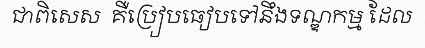
ជាពិសេស  គឺប្រៀបធៀបទៅនឹងទណ្ឌកម្ម ដែល